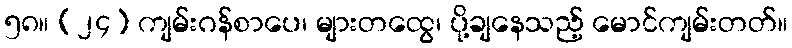
၅၈။ (၂၄) ကျမ်းဂန်စာပေ၊ များတထွေ၊ ပို့ချနေသည့် မောင်ကျမ်းတတ်။